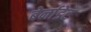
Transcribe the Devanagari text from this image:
बेर्नाडेट